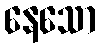
နေသော